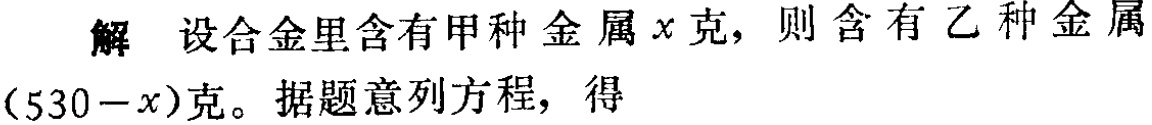
解 设合金里含有甲种金属\(x\)克，则含有乙种金属\((530 - x)\)克。据题意列方程，得